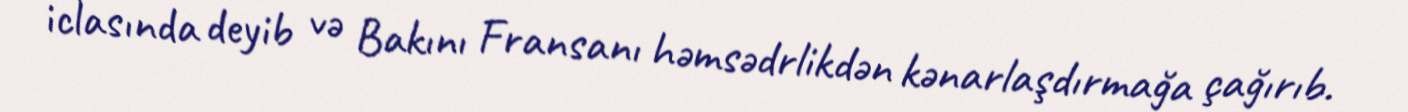
iclasında deyib və Bakını Fransanı həmsədrlikdən kənarlaşdırmağa çağırıb.